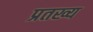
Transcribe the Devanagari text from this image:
प्रतख्य